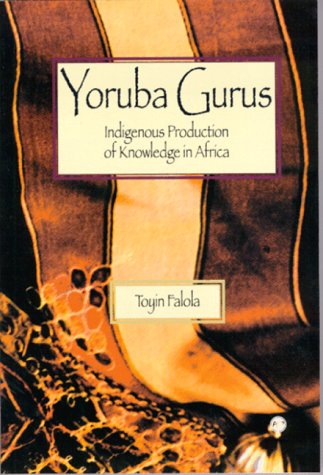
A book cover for Yoruba Gurus: Indigenous Production of Knowledge in Africa; Toyin Falola; History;